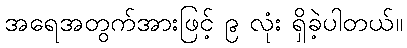
အရေအတွက်အားဖြင့် ၉ လုံး ရှိခဲ့ပါတယ်။